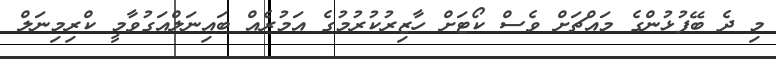
މި ދެ ބޭފުޅުންގެ މައްޗަށް ވެސް ކޯޓަށް ހާޒިރުކުރުމުގެ އަމުރެއް ބައިނަލްއަގުވާމީ ކްރިމިނަލް